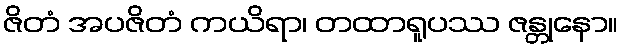
ဇိတံ အပဇိတံ ကယိရာ၊ တထာရူပဿ ဇန္တုနော။